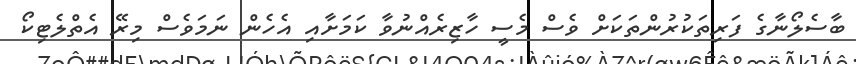
ބާސެލޯނާގެ ފަރިތަކުރުންތަކަށް ވެސް މެސީ ހާޒިރެއްނުވާ ކަމަށާއި އެހެން ނަމަވެސް މިރޭ އެތްލެޓިކޯ